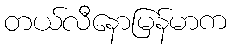
တယ်လီနောမြန်မာက